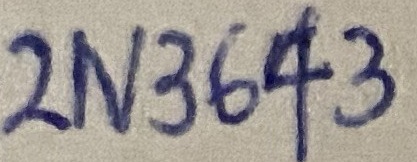
Text: 2N3643